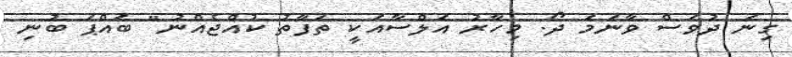
ގިނަ ދުވަސް ވާނަމަ ދޯ. މިހާރު އަލްސާއަކީ ތަފާތު ކުއްޖެއްނު" ބައްޕަ ބުނި